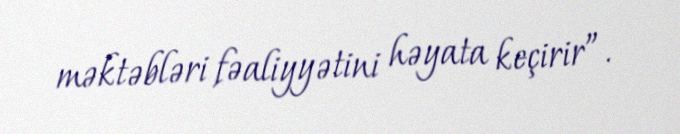
məktəbləri fəaliyyətini həyata keçirir”.